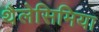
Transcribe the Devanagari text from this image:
थैलेसिमिया